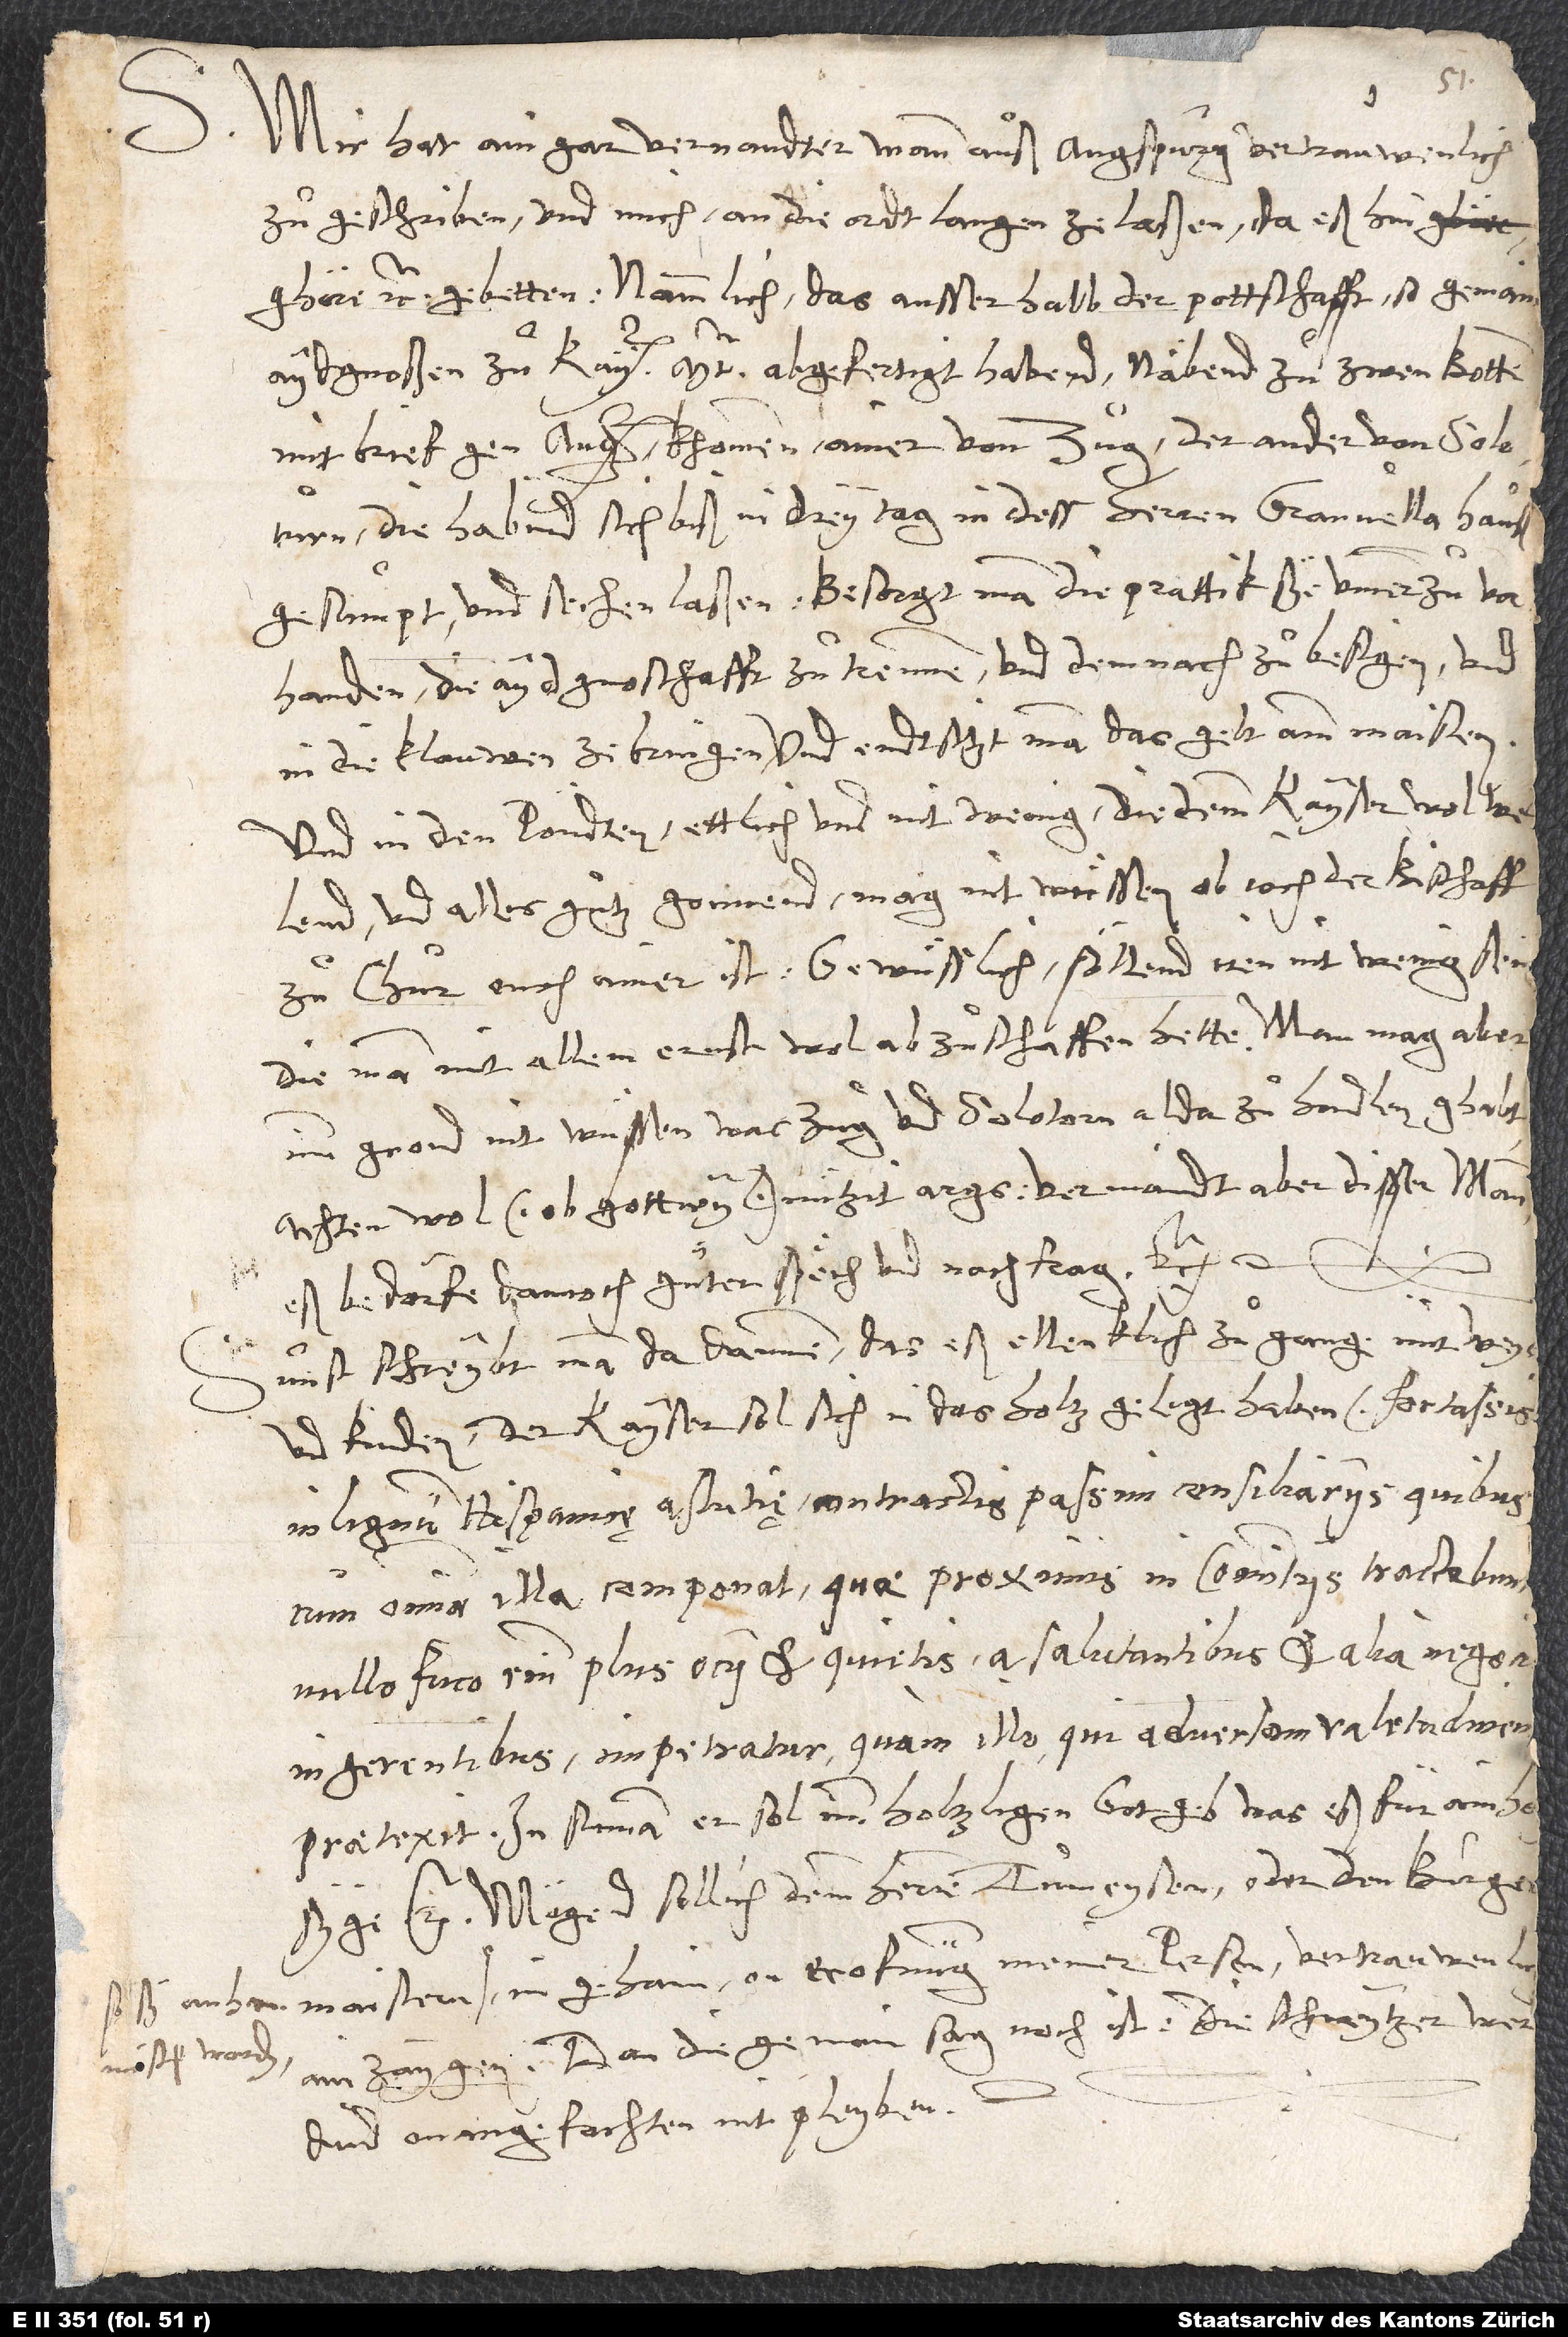
S. Mir hat ain gar vernandter mann auß Augspurg vertrauwenlich
zuͦgeschriben und mich an die ordt langen ze laßen, da eß hin
ghöre etc., gebetten, nammlich das ausserhalb der pottschafft, so gemain
aydgnoßen zuͦ kayt abgefertigt habend, näbend zuͦ zwen botten
mit brief gen Augspurg khommen, ainer von Zug, der ander von Soloturn.
Die habend sich biß in drey tag in dess herren Granvella hauß
gesumpt und sechen laßen. Besorgt man, die prattik sye ummerzuͦ vorhanden,
die aydgnoschafft zuͦ trennen und demnach zuͦ besigen und
in die klauwen ze bringen, und endtsitzt man das gelt amm maisten.
Und in den Pöndten ettlich und nitt wenig, die demm kayser wol wellend
und alles guͦtz gonnend. Mag nit wüssen, ob ioch der bischoff
zuͦ Chur ouch ainer ist. Gewüsslich söllend iren nit wenig sein,
die man mit allem ernst wol abzuͦschaffen hette. Man mag aber
imm grond nit wüssen, was Zug und Solotorn alda zuͦ handlen ghabt.
Achten wol (ob gott wyl) nützit args. Vermaindt aber disser mann,
eß bedörfe dannoch guͦter spëch und nachfrag, etc.
Sunst schreybt man da dannen, das eß ellenklich zuͦgang mit weyb
und kinden. Der kayser sol sich in das holtz gelegt haben ─ fortassis
in lignum Hispanicę astutię ─ contractis passim consiliariis, quibuscum
omnia illa componat, quae proximis in comitiis tractabuntur;
nullo fuco enim plus ocii et quietis a salutantibus et alia negocia
ingerentibus impetratur quam illo, qui adversam valetudinem
praetexit. In summa: er sol imm holtz ligen, got geb, was eß für ein holtz
Mögend sollich demm herren Tumeysen oder den burgermaistern,
in gehaim, on erofnung meiner person, vertrauwenlich
ainzaygen; dan die gemain sag noch ist, die Schweytzer werdind
onangefochten nit pleyben.